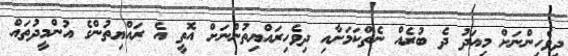
ދިވެހިންނަށް މިއަދު ދެ ބުރެއް ނެތްކަމަށާއި ދިވެހިރައްޔިތުންނަށް އޮތީ އެ ރައްޔިތުންގެ އުންމީދުތައް